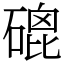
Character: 磇